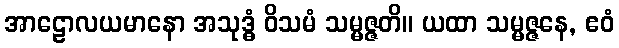
အာဠောလယမာနော အသုဒ္ဓံ ဝိသမံ သမ္မဇ္ဇတိ။ ယထာ သမ္မဇ္ဇနေ, ဧဝံ